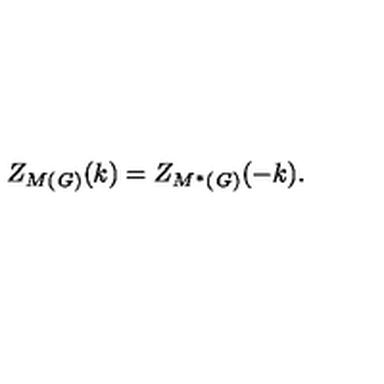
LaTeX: Z _ { M ( \mathit { G ) } } ( k ) = Z _ { M ^ { \ast } ( \mathit { G ) } } ( - k ) .